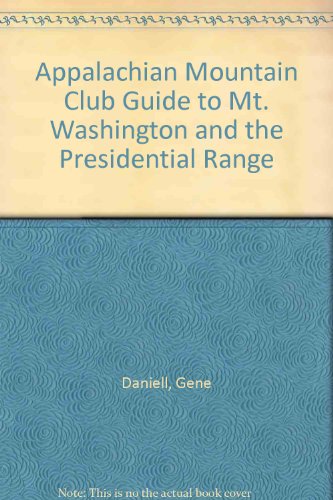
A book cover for Hiking Guide to Mount Washington and the Presidential Range; Travel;